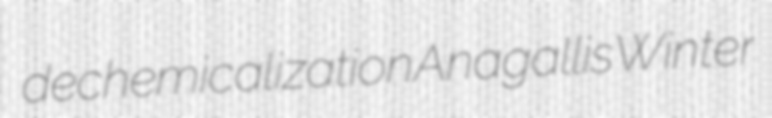
dechemicalization Anagallis Winter